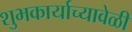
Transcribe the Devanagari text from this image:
शुभकार्याच्यावेळी